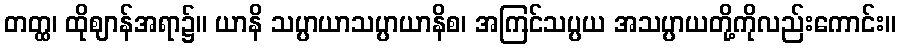
တတ္ထ၊ ထိုဈာန်အရာ၌။ ယာနိ သပ္ပာယာသပ္ပာယာနိစ၊ အကြင်သပ္ပယ အသပ္ပာယတို့ကိုလည်းကောင်း။